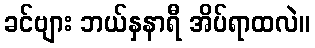
ခင်ဗျား ဘယ်နှနာရီ အိပ်ရာထလဲ။